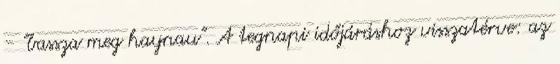
- "bassza meg haynau". A tegnapi időjáráshoz visszatérve: az